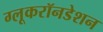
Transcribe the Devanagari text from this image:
ग्लूकरॉनडेशन